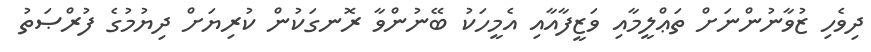
ދިވެހި ޒުވާނުންނަށް ތަޢްލީމާއި ވަޒީފާއާއި އެމީހަކު ބޭނުންވާ ރޮނގަކުން ކުރިޔަށް ދިޔުމުގެ ފުރްޞަތު